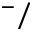
^ - /